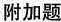
附加题